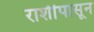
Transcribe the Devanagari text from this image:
राशींपासून